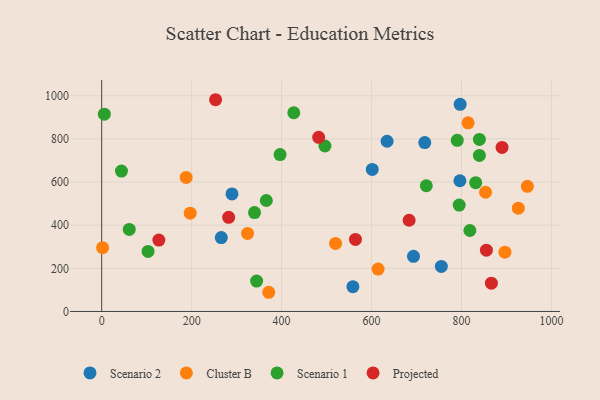
{"axis": {"x": "Price", "y": "Salary"}, "legend": ["Cluster B", "Projected", "Scenario 1", "Scenario 2"], "data": [{"x": "634.5", "y": 789.1, "type": "Scenario 2"}, {"x": "265.9", "y": 342.4, "type": "Scenario 2"}, {"x": "693.2", "y": 255.7, "type": "Scenario 2"}, {"x": "289.7", "y": 544.9, "type": "Scenario 2"}, {"x": "797.0", "y": 960.3, "type": "Scenario 2"}, {"x": "796.4", "y": 606.1, "type": "Scenario 2"}, {"x": "755.1", "y": 208.7, "type": "Scenario 2"}, {"x": "601.5", "y": 658.6, "type": "Scenario 2"}, {"x": "718.3", "y": 783.0, "type": "Scenario 2"}, {"x": "558.5", "y": 115.0, "type": "Scenario 2"}, {"x": "371.4", "y": 89.0, "type": "Cluster B"}, {"x": "946.4", "y": 580.3, "type": "Cluster B"}, {"x": "926.2", "y": 478.9, "type": "Cluster B"}, {"x": "187.8", "y": 621.4, "type": "Cluster B"}, {"x": "519.9", "y": 315.6, "type": "Cluster B"}, {"x": "196.8", "y": 455.5, "type": "Cluster B"}, {"x": "814.6", "y": 874.7, "type": "Cluster B"}, {"x": "853.4", "y": 552.7, "type": "Cluster B"}, {"x": "2.1", "y": 295.7, "type": "Cluster B"}, {"x": "324.3", "y": 361.8, "type": "Cluster B"}, {"x": "896.5", "y": 274.7, "type": "Cluster B"}, {"x": "614.5", "y": 196.5, "type": "Cluster B"}, {"x": "103.1", "y": 278.5, "type": "Scenario 1"}, {"x": "496.4", "y": 767.1, "type": "Scenario 1"}, {"x": "344.5", "y": 140.7, "type": "Scenario 1"}, {"x": "44.0", "y": 650.9, "type": "Scenario 1"}, {"x": "721.7", "y": 582.9, "type": "Scenario 1"}, {"x": "366.0", "y": 514.4, "type": "Scenario 1"}, {"x": "818.6", "y": 375.5, "type": "Scenario 1"}, {"x": "339.8", "y": 458.4, "type": "Scenario 1"}, {"x": "831.5", "y": 596.9, "type": "Scenario 1"}, {"x": "790.5", "y": 793.6, "type": "Scenario 1"}, {"x": "396.6", "y": 727.6, "type": "Scenario 1"}, {"x": "839.7", "y": 723.4, "type": "Scenario 1"}, {"x": "5.9", "y": 914.9, "type": "Scenario 1"}, {"x": "839.7", "y": 797.8, "type": "Scenario 1"}, {"x": "61.3", "y": 380.2, "type": "Scenario 1"}, {"x": "427.1", "y": 921.4, "type": "Scenario 1"}, {"x": "794.8", "y": 493.2, "type": "Scenario 1"}, {"x": "855.3", "y": 284.0, "type": "Projected"}, {"x": "282.3", "y": 436.3, "type": "Projected"}, {"x": "866.4", "y": 131.1, "type": "Projected"}, {"x": "482.4", "y": 807.4, "type": "Projected"}, {"x": "683.5", "y": 422.9, "type": "Projected"}, {"x": "127.1", "y": 331.0, "type": "Projected"}, {"x": "890.1", "y": 760.4, "type": "Projected"}, {"x": "253.2", "y": 981.7, "type": "Projected"}, {"x": "564.2", "y": 334.2, "type": "Projected"}]}